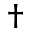
^ { \dagger }